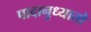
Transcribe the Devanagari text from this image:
पादानुध्यातो